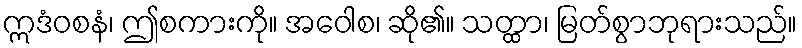
ဣဒံဝစနံ၊ ဤစကားကို။ အဝေါစ၊ ဆို၏။ သတ္ထာ၊ မြတ်စွာဘုရားသည်။